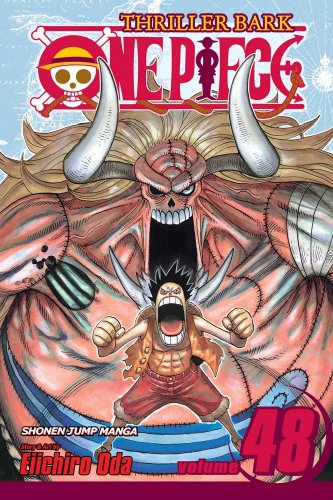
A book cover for One Piece, Vol. 48; Eiichiro Oda; Comics & Graphic Novels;